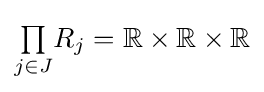
{\textstyle \prod \limits _{j\in J}}R_{j}=\mathbb {R} \times \mathbb {R} \times \mathbb {R}